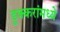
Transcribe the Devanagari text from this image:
डुक्करांमध्ये